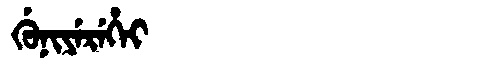
Manchu: ᡤᡠᠨᡳᠶᡝᡵᡝᡥᡝᡳ
Romanization: GUNIYEREHEI